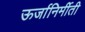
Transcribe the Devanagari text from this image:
ऊर्जानिर्मीती